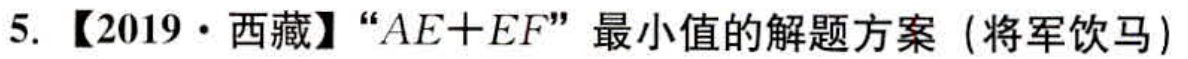
5. 【2019·西藏】“\(AE + EF\)”最小值的解题方案（将军饮马）